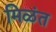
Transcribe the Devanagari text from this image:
मिळंत